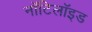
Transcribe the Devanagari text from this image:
नॉटिलॉइड